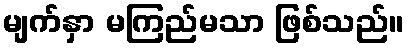
မျက်နှာ မကြည်မသာ ဖြစ်သည်။